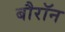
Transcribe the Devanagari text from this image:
बौरॉन